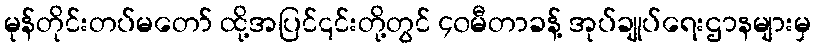
မုန်တိုင်းတပ်မတော် ထို့အပြင်၎င်းတို့တွင် ၄၀မီတာခန့် အုပ်ချုပ်ရေးဌာနများမှ